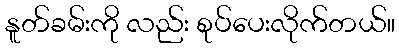
နူတ်ခမ်းကို လည်း စုပ်ပေးလိုက်တယ်။